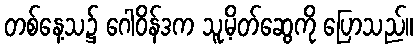
တစ်နေ့သ၌ ဂေါဝိန်ဒက သူ့မိတ်ဆွေကို ပြောသည်။